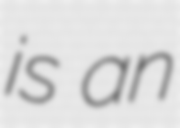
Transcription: is an